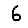
Digit: 6